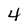
Character: 4